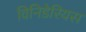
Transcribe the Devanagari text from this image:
विनिडेरियस